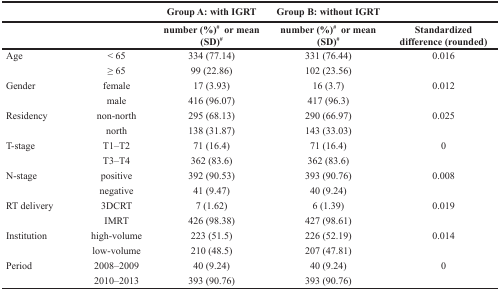
<table><thead><tr><td></td><td></td><td><b>Group A: with IGRT</b></td><td><b>Group B: without IGRT</b></td><td></td></tr><tr><td></td><td></td><td><b>number (%)<sup>#</sup> or mean (SD)<sup>#</sup></b></td><td><b>number (%)<sup>#</sup> or mean (SD)<sup>#</sup></b></td><td><b>Standardized difference (rounded)</b></td></tr></thead><tbody><tr><td>Age</td><td>&lt; 65</td><td>334 (77.14)</td><td>331 (76.44)</td><td>0.016</td></tr><tr><td></td><td>≥ 65</td><td>99 (22.86)</td><td>102 (23.56)</td><td></td></tr><tr><td>Gender</td><td>female</td><td>17 (3.93)</td><td>16 (3.7)</td><td>0.012</td></tr><tr><td></td><td>male</td><td>416 (96.07)</td><td>417 (96.3)</td><td></td></tr><tr><td>Residency</td><td>non-north</td><td>295 (68.13)</td><td>290 (66.97)</td><td>0.025</td></tr><tr><td></td><td>north</td><td>138 (31.87)</td><td>143 (33.03)</td><td></td></tr><tr><td>T-stage</td><td>T1–T2</td><td>71 (16.4)</td><td>71 (16.4)</td><td>0</td></tr><tr><td></td><td>T3–T4</td><td>362 (83.6)</td><td>362 (83.6)</td><td></td></tr><tr><td>N-stage</td><td>positive</td><td>392 (90.53)</td><td>393 (90.76)</td><td>0.008</td></tr><tr><td></td><td>negative</td><td>41 (9.47)</td><td>40 (9.24)</td><td></td></tr><tr><td>RT delivery</td><td>3DCRT</td><td>7 (1.62)</td><td>6 (1.39)</td><td>0.019</td></tr><tr><td></td><td>IMRT</td><td>426 (98.38)</td><td>427 (98.61)</td><td></td></tr><tr><td>Institution</td><td>high-volume</td><td>223 (51.5)</td><td>226 (52.19)</td><td>0.014</td></tr><tr><td></td><td>low-volume</td><td>210 (48.5)</td><td>207 (47.81)</td><td></td></tr><tr><td>Period</td><td>2008–2009</td><td>40 (9.24)</td><td>40 (9.24)</td><td>0</td></tr><tr><td></td><td>2010–2013</td><td>393 (90.76)</td><td>393 (90.76)</td><td></td></tr></tbody></table>